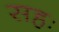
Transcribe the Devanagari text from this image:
सहः